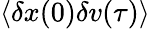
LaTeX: \langle\delta x(0)\delta v(\tau)\rangle